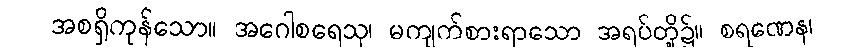
အစရှိကုန်သော။ အဂေါစရေသု၊ မကျက်စားရာသော အရပ်တို့၌။ စရဏေန၊